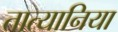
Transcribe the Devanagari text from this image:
तात्यानिया